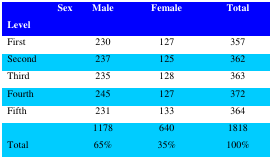
<table><thead><tr><td><b>SexLevel</b></td><td><b>Male</b></td><td><b>Female</b></td><td><b>Total</b></td></tr></thead><tbody><tr><td>First</td><td>230</td><td>127</td><td>357</td></tr><tr><td>Second</td><td>237</td><td>125</td><td>362</td></tr><tr><td>Third</td><td>235</td><td>128</td><td>363</td></tr><tr><td>Fourth</td><td>245</td><td>127</td><td>372</td></tr><tr><td>Fifth</td><td>231</td><td>133</td><td>364</td></tr><tr><td>Total</td><td>117865%</td><td>64035%</td><td>1818100%</td></tr></tbody></table>